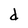
Character: d